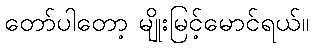
တော်ပါတော့ မျိုးမြင့်မောင်ရယ်။